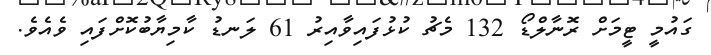
ގައުމީ ޓީމަށް ރޮނާލްޑޯ 132 މެޗު ކުޅުފައިވާއިރު 61 ލަނޑު ކާމިޔާބުކޮށްފައި ވެއެވެ.